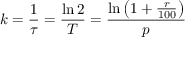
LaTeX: k = { \frac { 1 } { \tau } } = { \frac { \ln 2 } { T } } = { \frac { \ln \left( 1 + { \frac { r } { 1 0 0 } } \right) } { p } }